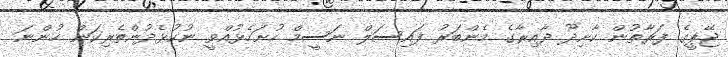
ޖޭޕީގެ ފަރާތުން ކާށިދޫ ދާއިރާގެ މެންބަރު ފައިސަލް ނަސީމް ހުށަހެޅުއްވީ ނުކުޅެދުންތެރިކަން ހުންނަ